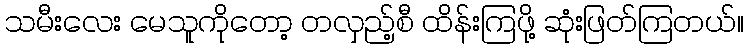
သမီးလေး မေသူကိုတော့ တလှည့်စီ ထိန်းကြဖို့ ဆုံးဖြတ်ကြတယ်။